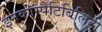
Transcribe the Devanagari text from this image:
इनकॉम्पैटिबिलिटी